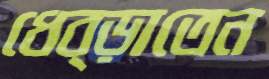
ধেব্‌ড়াতেন